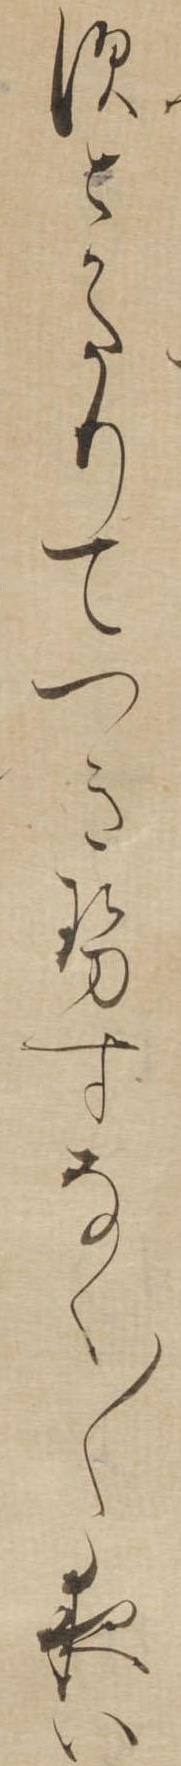
すとかたりてつきせすなく〱夜い